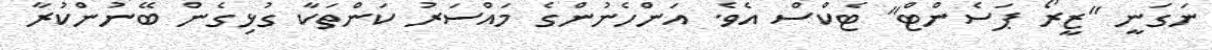
ނަގަނީ "ޒީރޯ ޕަސެންޓް" ޓެކްސް އެވެ. އަންހެނުންގެ މައްސަރު ކަންތަކާ ގުޅިގެން ބޭނުންކުރާ